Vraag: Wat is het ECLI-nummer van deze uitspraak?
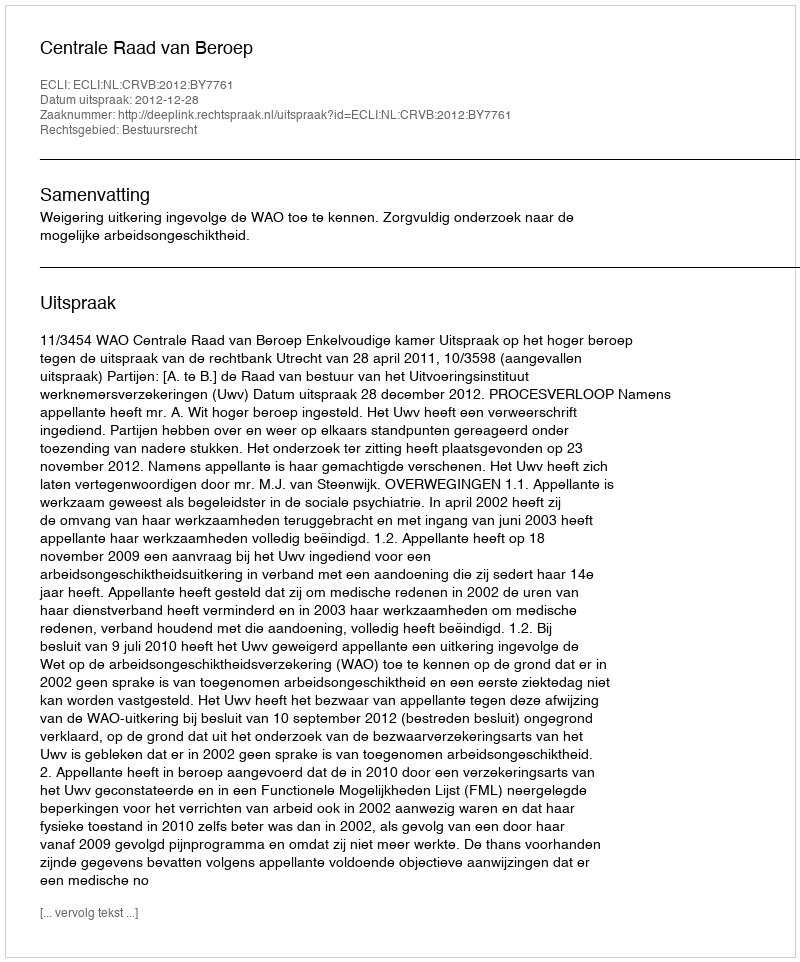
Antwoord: ECLI:NL:CRVB:2012:BY7761